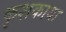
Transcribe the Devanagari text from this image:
कृशकाया